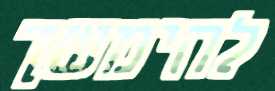
להימשך